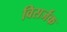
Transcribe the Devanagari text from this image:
विसर्जक